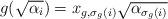
LaTeX: \begin{align*}g(\sqrt{\alpha_i})=x_{g, \sigma_g(i)}\sqrt{\alpha_{\sigma_g(i)}}\end{align*}